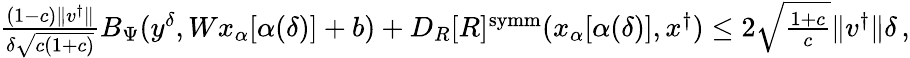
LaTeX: \begin{array}{r}{\frac{(1-c)\| v^{\dagger}\| }{\delta\sqrt{c(1+c)}}B_{\Psi}(y^{\delta},Wx_{\alpha}[\alpha(\delta)]+b)+D_{R}[R]^{\mathrm{symm}}(x_{\alpha}[\alpha(\delta)],x^{\dagger})\leq 2\sqrt{\frac{1+c}{c}}\| v^{\dagger}\| \delta\, ,}\end{array}